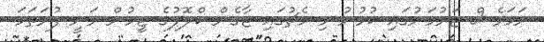
ނަމަވެސް ޖަރުމަނުގައި ކުޅުނު މި މެޗުގައި ޖާގެން ކްލޮޕުގެ ޓީމުން ވަނީ ފުރަތަމަ